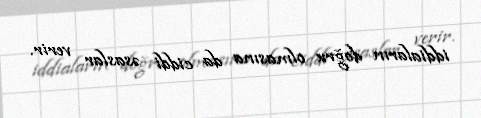
iddiaların doğru olmasına da ciddi əsaslar verir.